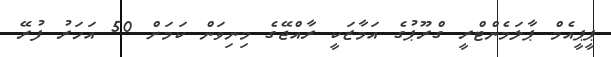
ޕީޕީއެމް ޕާލަމެންޓްރީ ގްރޫޕުގެ އަމާޒަކީ ރާއްޖޭގެ މިނިވަން ކަމަށް 50 އަހަރު ފުރޭ